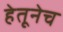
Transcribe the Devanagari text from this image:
हेतूनेच